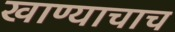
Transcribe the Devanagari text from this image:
खाण्याचाच